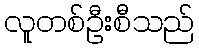
လူတစ်ဦးစီသည်